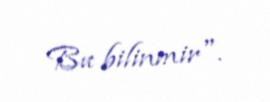
Bu bilinmir".